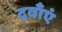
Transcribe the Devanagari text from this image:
दवाँएं